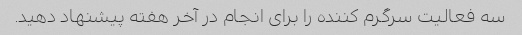
سه فعالیت سرگرم کننده را برای انجام در آخر هفته پیشنهاد دهید.